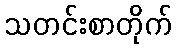
သတင်းစာတိုက်